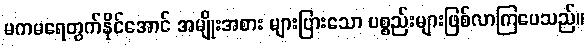
မကမရေတွက်နိုင်အောင် အမျိုးအစား များပြားသော ပစ္စည်းများဖြစ်လာကြပေသည်။